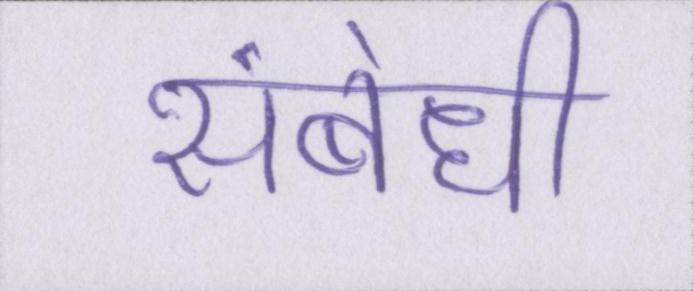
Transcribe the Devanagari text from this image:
संबंधी